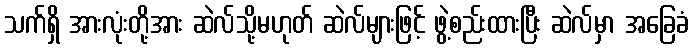
သက်ရှိ အားလုံးတို့အား ဆဲလ်သို့မဟုတ် ဆဲလ်များဖြင့် ဖွဲ့စည်းထားပြီး ဆဲလ်မှာ အခြေခံ